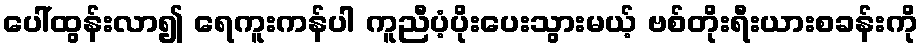
ပေါ်ထွန်းလာ၍ ရေကူးကန်ပါ ကူညီပံ့ပိုးပေးသွားမယ့် ဗစ်တိုးရီးယားစခန်းကို